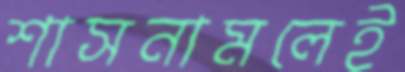
শাসনামলেই